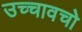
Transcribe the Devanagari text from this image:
उच्चावचो